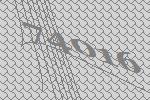
74016